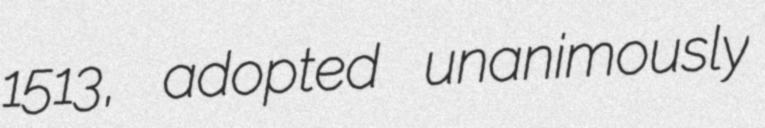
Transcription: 1513, adopted unanimously